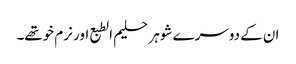
ان کے دوسرے شوہر حلیم الطبع اور نرم خوتھے۔